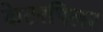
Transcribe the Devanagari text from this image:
केटरपिलर